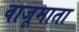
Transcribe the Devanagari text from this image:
वाजूमाता